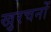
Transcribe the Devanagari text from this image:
खुरचनों